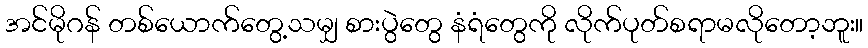
အင်မိုဂန် တစ်ယောက်တွေ့သမျှ စားပွဲတွေ နံရံတွေကို လိုက်ပုတ်စရာမလိုတော့ဘူး။